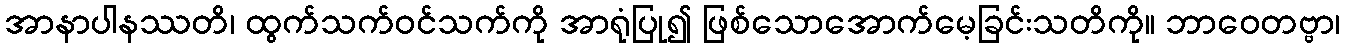
အာနာပါနဿတိ၊ ထွက်သက်ဝင်သက်ကို အာရုံပြု၍ ဖြစ်သောအောက်မေ့ခြင်းသတိကို။ ဘာဝေတဗ္ဗာ၊